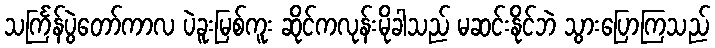
သင်္ကြန်ပွဲတော်ကာလ ပဲခူးမြစ်ကူး ဆိုင်ကလုန်းမိုခါသည် မဆင်းနိုင်ဘဲ သွားပြောကြသည်